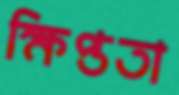
ক্ষিপ্ততা